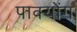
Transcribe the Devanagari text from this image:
पाक्योंग